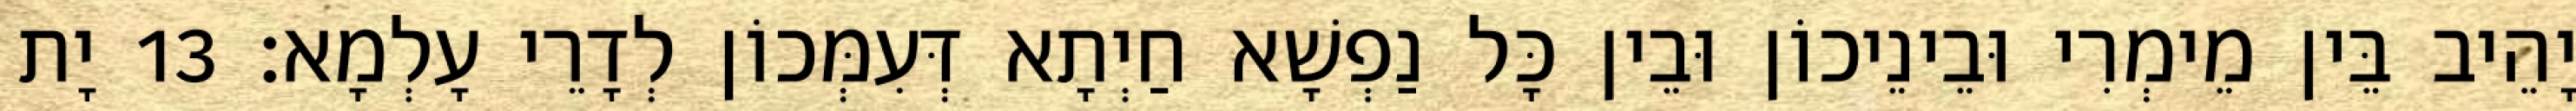
יָהֵיב בֵּין מֵימְרִי וּבֵינֵיכוֹן וּבֵין כָּל נַפְשָׁא חַיְתָא דְּעִמְּכוֹן לְדָרֵי עָלְמָא׃ 13 יָת